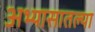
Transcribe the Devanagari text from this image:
अभ्यासातल्या